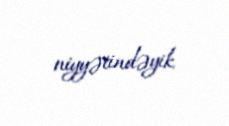
niyyətindəyik.